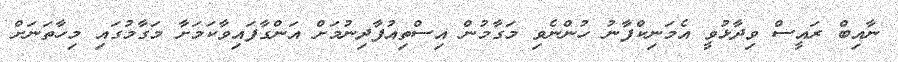
ނާއިބް ރައީސް ވިދާޅުވީ އެމަނިކްފާނު ހުންނެވި މަގާމުން އިސްތިއުފާދިނުމަށް އަންގާފައިވާކަމަށާ މަގާމުގައި މިހާތަނަށް